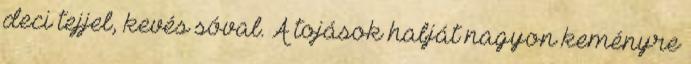
deci tejjel, kevés sóval. A tojások habját nagyon keményre